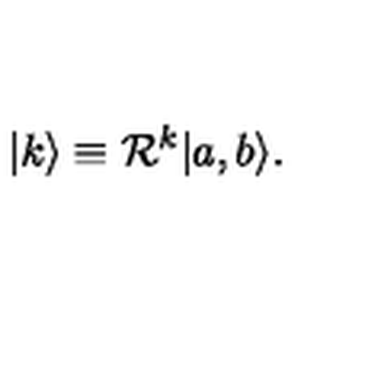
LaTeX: | k \rangle \equiv { \cal R } ^ { k } | a , b \rangle .